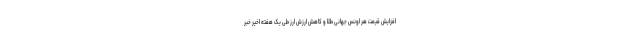
افزایش قیمت هر اونس جهانی طلا و کاهش ارزش ارز طی یک هفته اخیر خبر